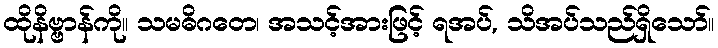
ထိုနိဗ္ဗာန်ကို။ သမဓိဂတေ၊ အသင့်အားဖြင့် ရအပ်, သိအပ်သည်ရှိသော်။